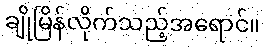
ချိုမြိန်လိုက်သည့်အရောင်။